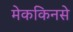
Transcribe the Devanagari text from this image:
मेककिनसे